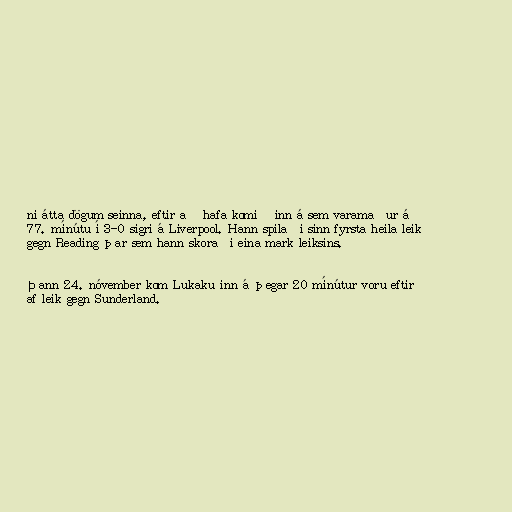
ni átta dögum seinna, eftir að hafa komið inn á sem varamaður á
77. mínútu í 3-0 sigri á Liverpool. Hann spilaði sinn fyrsta heila leik
gegn Reading þar sem hann skoraði eina mark leiksins.

Þann 24. nóvember kom Lukaku inn á þegar 20 mínútur voru eftir
af leik gegn Sunderland.